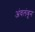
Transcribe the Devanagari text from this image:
अंवलंबून